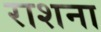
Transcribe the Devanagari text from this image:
राशना